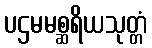
ပဌမမစ္ဆရိယသုတ္တံ